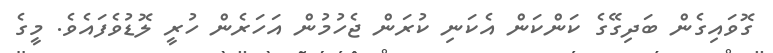
ގޮވައިގެން ބަދިގޭގެ ކަންކަން އެކަނި ކުރަން ޖެހުމުން އަހަރެން ހުރީ ލޮޑުވެފައެވެ. މީގެ